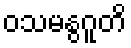
ဝသမနွဂူတိ